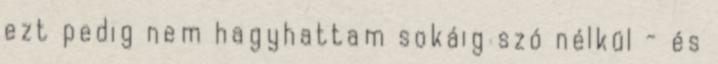
ezt pedig nem hagyhattam sokáig szó nélkül - és